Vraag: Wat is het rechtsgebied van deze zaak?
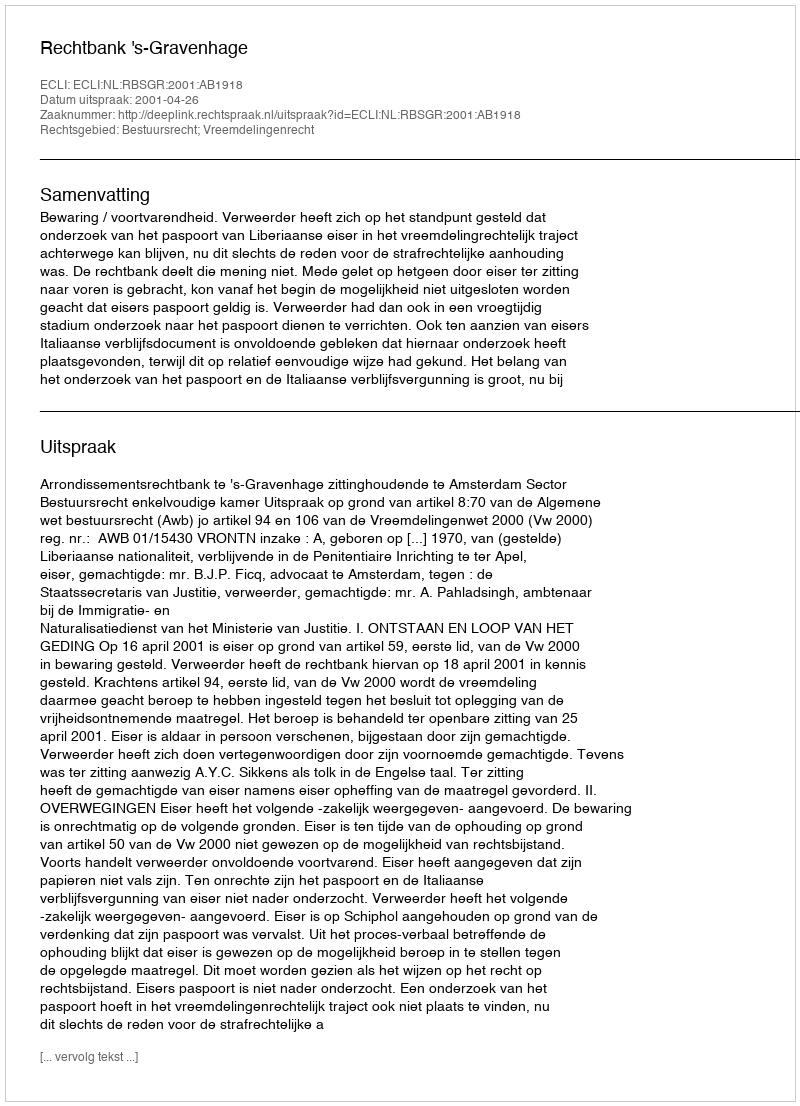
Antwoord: Bestuursrecht; Vreemdelingenrecht